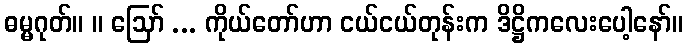
ဓမ္မဂုတ်။ ။ ဩော် ... ကိုယ်တော်ဟာ ငယ်ငယ်တုန်းက ဒိဋ္ဌိကလေးပေါ့နော်။